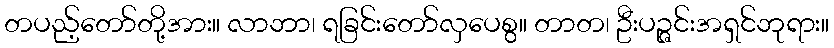
တပည့်တော်တို့အား။ လာဘာ၊ ရခြင်းတော်လှပေစွ။ တာတ၊ ဦးပဉ္ဇင်းအရှင်ဘုရား။